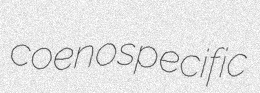
coenospecific